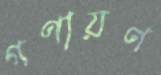
গণায়ণ